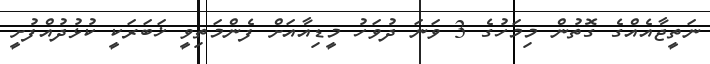
ނަތީޖާއެއްގެ ގޮތުން މިމަހުގެ 3 ވަނަ ދުވަހު މީޑިއާއަށް ފެންމަތިވީ ޚަބަރަކީ ކުޅުދުއްފުށީ